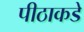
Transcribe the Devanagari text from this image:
पीठाकडे